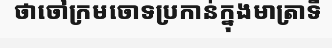
ថាចៅក្រមចោទប្រកាន់ក្នុងមាត្រាទី